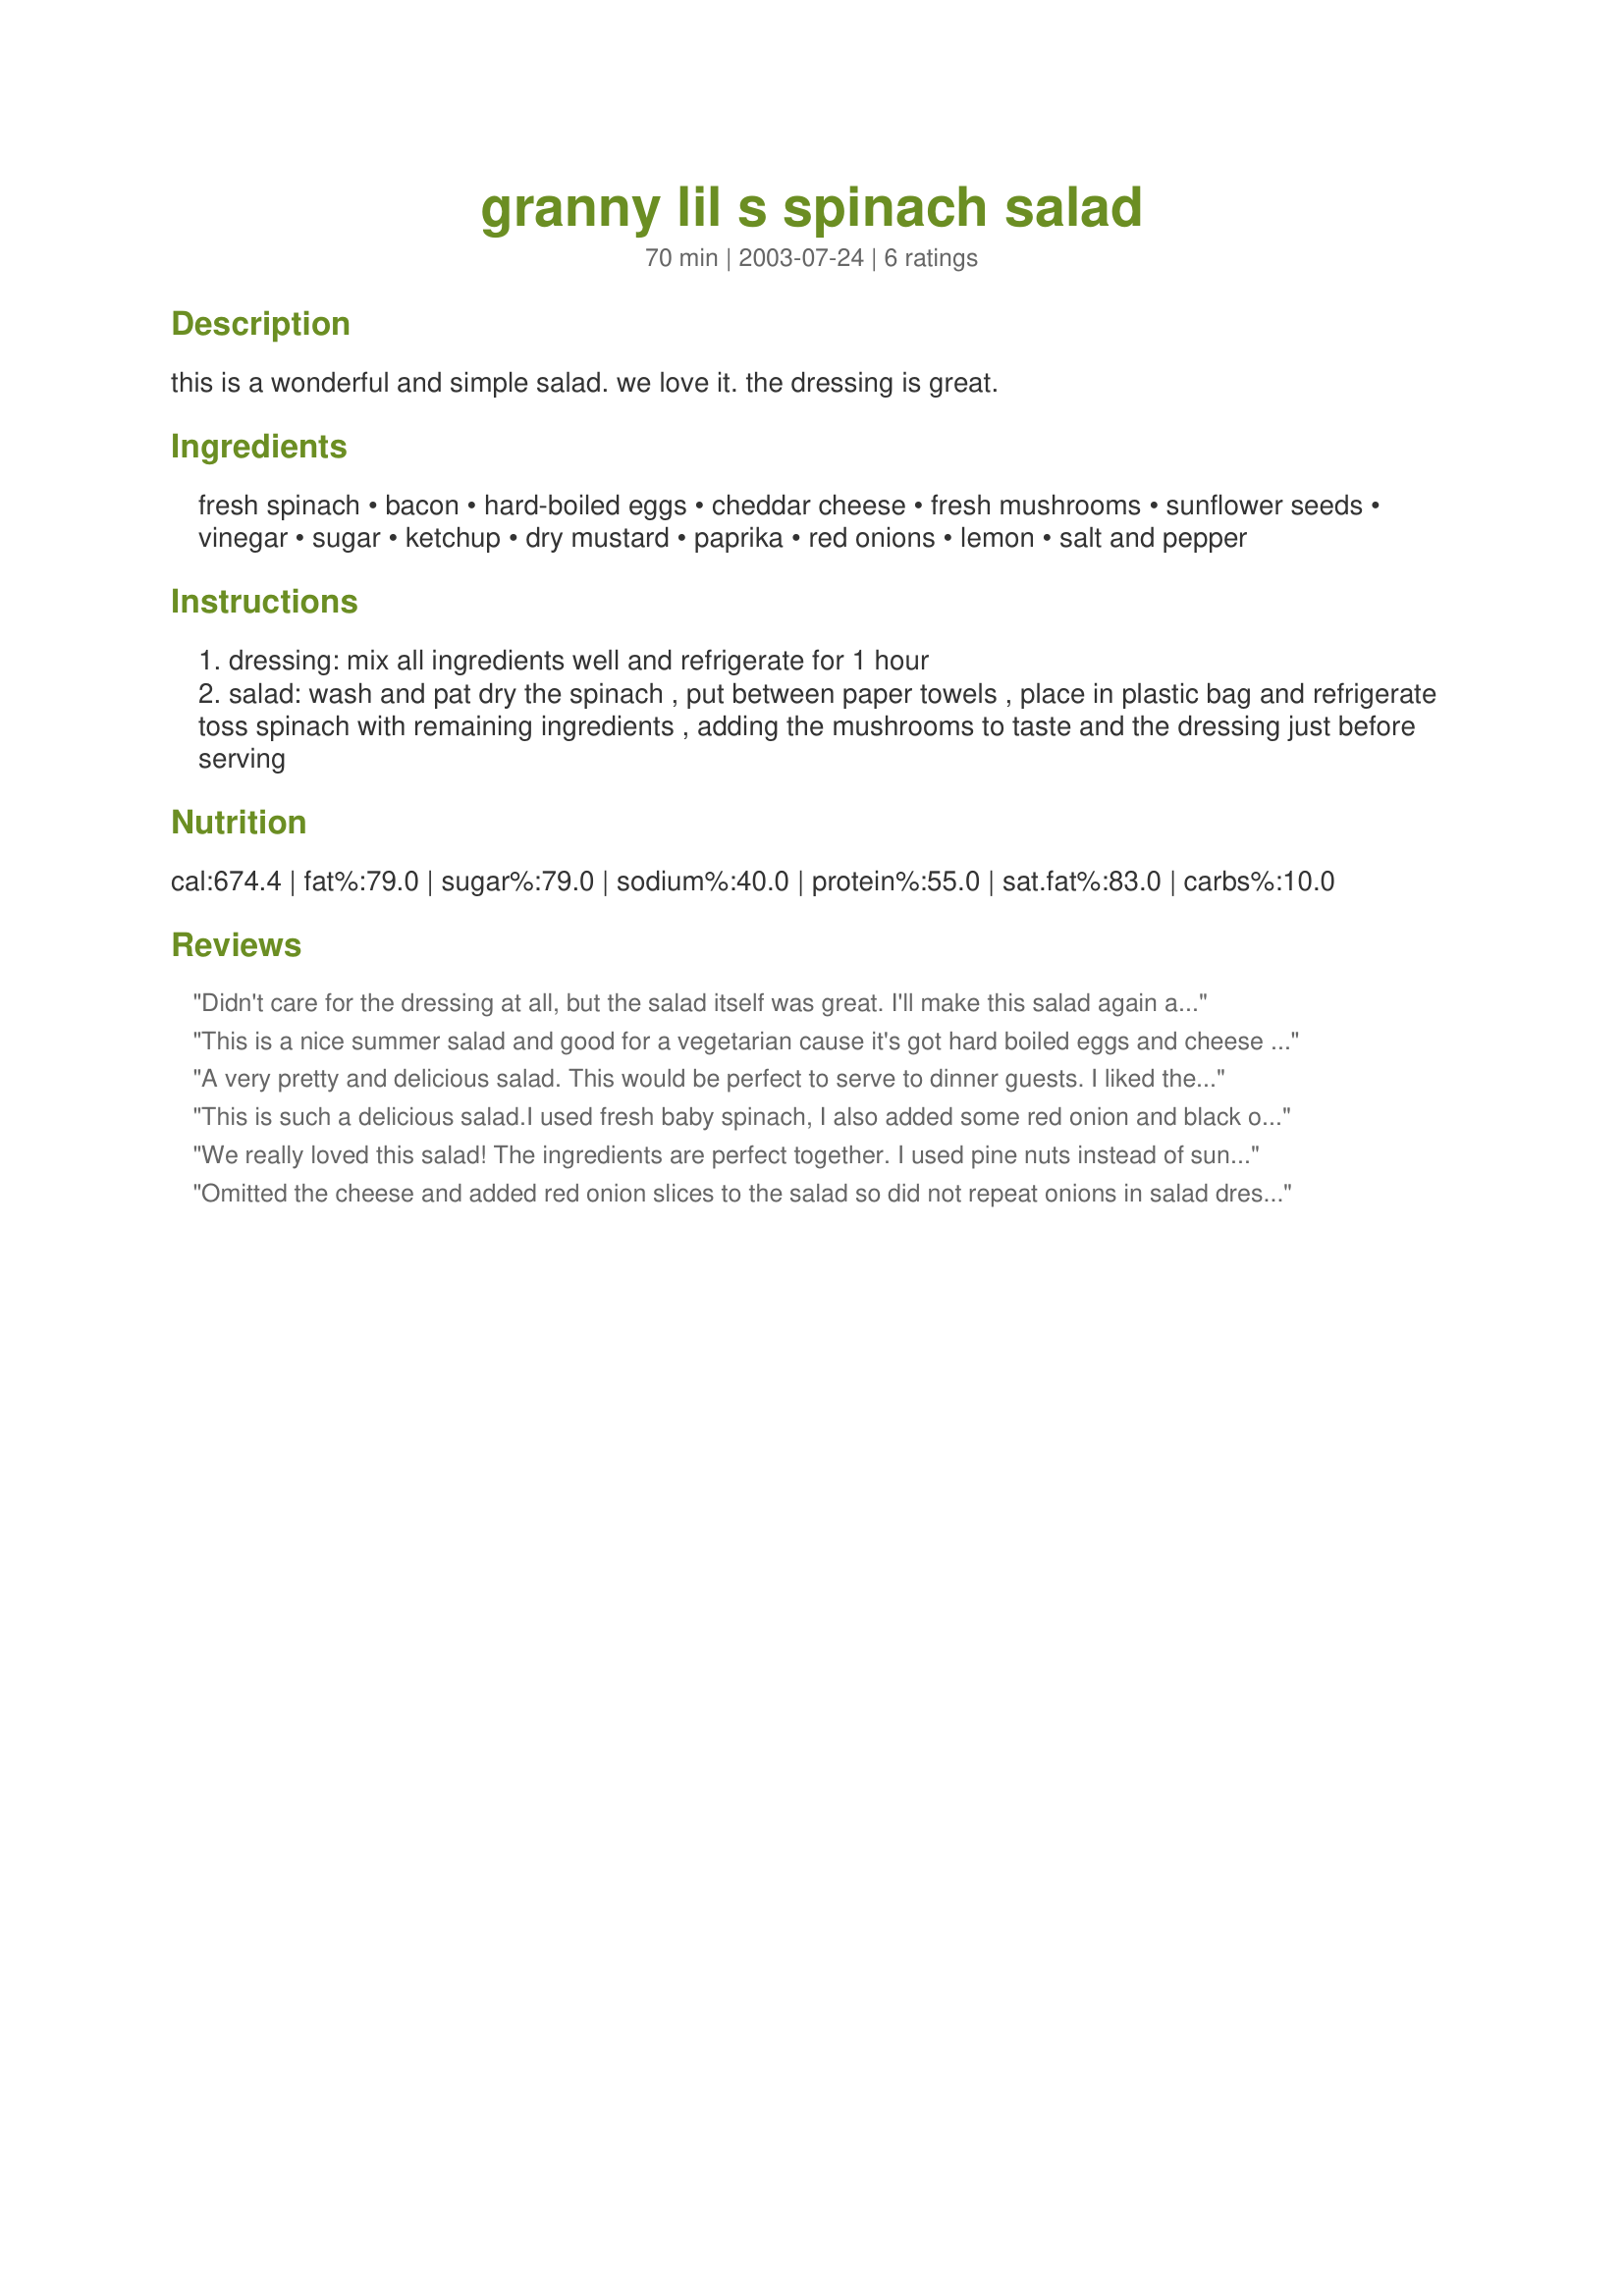
granny lil s spinach salad
Preparation time: 70 minutes

this is a wonderful and simple salad. we love it. the dressing is great.

Ingredients:
fresh spinach, bacon, hard-boiled eggs, cheddar cheese, fresh mushrooms, sunflower seeds, vinegar, sugar, ketchup, dry mustard, paprika, red onions, lemon, salt and pepper

Steps:
dressing: mix all ingredients well and refrigerate for 1 hour
salad: wash and pat dry the spinach , put between paper towels , place in plastic bag and refrigerate toss spinach with remaining ingredients , adding the mushrooms to taste and the dressing just before serving

Reviews:
Didn't care for the dressing at all, but the salad itself was great. I'll make this salad again and again, and people can put whatever dressing they like from the fridge. I liked it a lot with ranch.
This is a nice summer salad and good for a vegetarian cause it's got hard boiled eggs and cheese for protein! Filling too! Thanks dcmac!
A very pretty and delicious salad. This would be perfect to serve to dinner guests. I liked the sweet/sour taste of the dressing, and the bright red color added a festive touch to the salad. I also liked that the dressing had no added fat (although the salad ingredients have plenty). I could see using this dressing on plain greens as well for a low-fat salad. The only change I made was to leave out the sunflower seeds.
This is such a delicious salad.I used fresh baby spinach, I also added some red onion and black olives in addition to the other ingredients listed, but omitted the sunflower seeds. I wasn't sure what kind of vinegar to use, so I used balsamic. The dressing turned out excellent. This is a perfect summer salad.......it is so refreshing!!! Thanks Cathy!!
We really loved this salad! The ingredients are perfect together. I used pine nuts instead of sunflower seeds but made no other adjustments! The salad dressing is fabulous! This has become our favorite spinach salad! Excellent recipe! Beautiful Salad! Thanks!!!
Omitted the cheese and added red onion slices to the salad so did not repeat onions in salad dressing. Otherwise, made as directed. I wondered how the ketchup would work in the salad dressing but in combination with the lemon it turned out quite appetizing. A welcome way to do something new with spinach salad, of which I eat tons year-round. Thanks for a new twist, dcmac!
